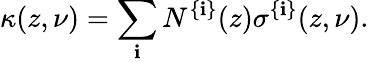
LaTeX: \kappa(z,\nu)=\sum_{\mathbf{i}}N^{\{ \mathbf{i}\} }(z)\sigma^{\{ \mathbf{i}\} }(z,\nu).